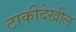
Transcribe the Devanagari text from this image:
टाकीदेखील